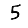
Digit: 5